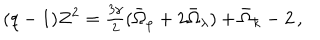
( q - 1 ) Z ^ { 2 } = \textstyle { \frac { 3 \gamma } { 2 } } ( \bar { \Omega } _ { \rho } + 2 \bar { \Omega } _ { \lambda } ) + \bar { \Omega } _ { k } - 2 \, ,